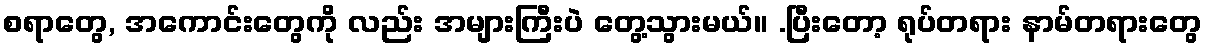
စရာတွေ, အကောင်းတွေကို လည်း အများကြီးပဲ တွေ့သွားမယ်။ .ပြီးတော့ ရုပ်တရား နာမ်တရားတွေ